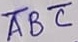
Text: ABC